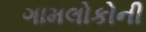
ગામલોકોની